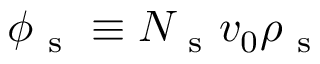
\phi _ { \mathrm { ~ s ~ } } \equiv N _ { \mathrm { ~ s ~ } } v _ { 0 } \rho _ { \mathrm { ~ s ~ } }